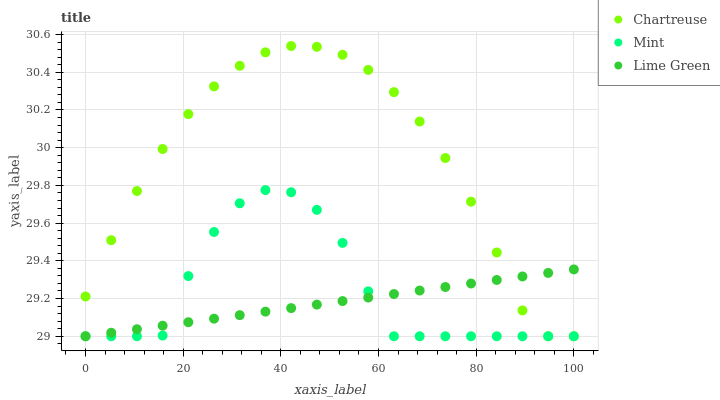
| xaxis_label | Chartreuse | Mint | Lime Green |
 | --- | --- | --- | --- |
 | 0 | 29.2 | 29 | 29 |
 | 5.26 | 29.5 | 29 | 29 |
 | 10.5 | 29.8 | 29 | 29 |
 | 15.8 | 30 | 29 | 29.1 |
 | 21.1 | 30.2 | 29.3 | 29.1 |
 | 26.3 | 30.3 | 29.6 | 29.1 |
 | 31.6 | 30.4 | 29.7 | 29.1 |
 | 36.8 | 30.5 | 29.8 | 29.1 |
 | 42.1 | 30.5 | 29.8 | 29.1 |
 | 47.4 | 30.5 | 29.7 | 29.2 |
 | 52.6 | 30.5 | 29.5 | 29.2 |
 | 57.9 | 30.4 | 29.2 | 29.2 |
 | 63.2 | 30.3 | 29 | 29.2 |
 | 68.4 | 30.1 | 29 | 29.2 |
 | 73.7 | 29.9 | 29 | 29.3 |
 | 78.9 | 29.7 | 29 | 29.3 |
 | 84.2 | 29.4 | 29 | 29.3 |
 | 89.5 | 29.1 | 29 | 29.3 |
 | 94.7 | 29 | 29 | 29.3 |
 | 100 | 29 | 29 | 29.4 |